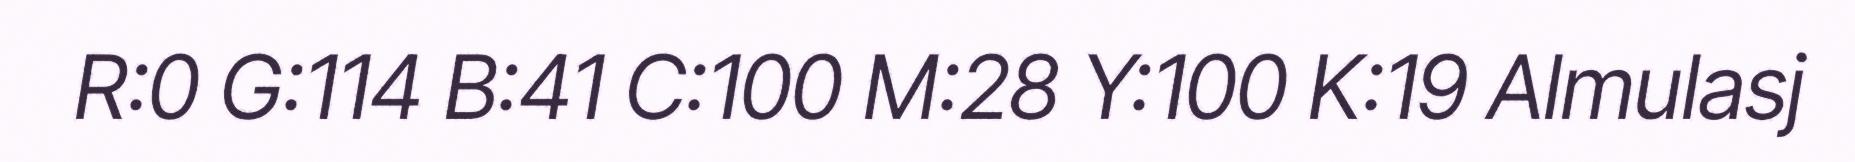
R:0 G:114 B:41 C:100 M:28 Y:100 K:19 Almulasj